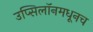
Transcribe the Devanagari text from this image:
उप्सिलॉनमधूनच